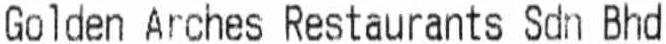
GOLDEN ARCHES RESTAURANTS SDN BHD